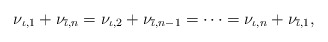
\begin{align*} \nu_{\iota,1}+\nu_{\overline{\iota},n}=\nu_{\iota,2}+\nu_{\overline{\iota},n-1}=\cdots=\nu_{\iota,n}+\nu_{\overline{\iota},1},\end{align*}